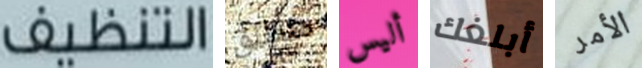
التنظيف منطلق أليس أبلغك الأمر